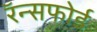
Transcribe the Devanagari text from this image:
रॅन्सफोर्ड